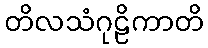
တိလသံဂုဠိကာတိ